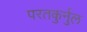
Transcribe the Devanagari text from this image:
परतकुर्नुल